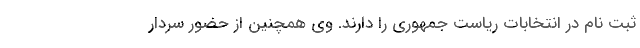
ثبت نام در انتخابات ریاست جمهوری را دارند. وی همچنین از حضور سردار